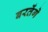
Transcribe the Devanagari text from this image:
बरतेंगे